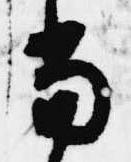
当